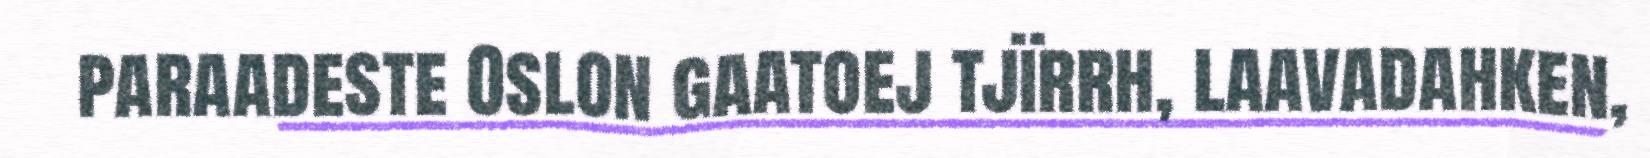
paraadeste Oslon gaatoej tjïrrh, laavadahken,